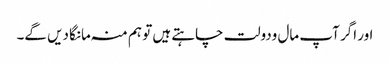
اور اگر آپ مال ودولت چاہتے ہیں تو ہم منہ مانگا دیں گے۔